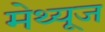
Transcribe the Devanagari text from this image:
मेथ्यूज